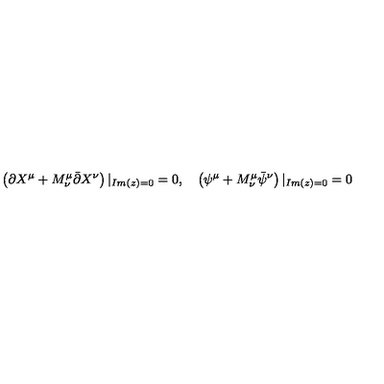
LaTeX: \left( \partial X ^ { \mu } + M _ { \nu } ^ { \mu } \bar { \partial } X ^ { \nu } \right) | _ { I m ( z ) = 0 } = 0 , \quad \left( \psi ^ { \mu } + M _ { \nu } ^ { \mu } \bar { \psi } ^ { \nu } \right) | _ { I m ( z ) = 0 } = 0